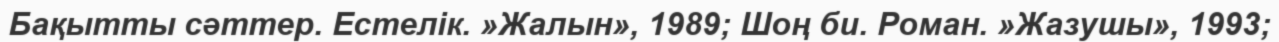
Бақытты сәттер. Естелік. »Жалын», 1989; Шоң би. Роман. »Жазушы», 1993;